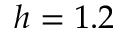
h = 1 . 2